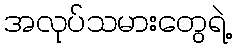
အလုပ်သမားတွေရဲ့